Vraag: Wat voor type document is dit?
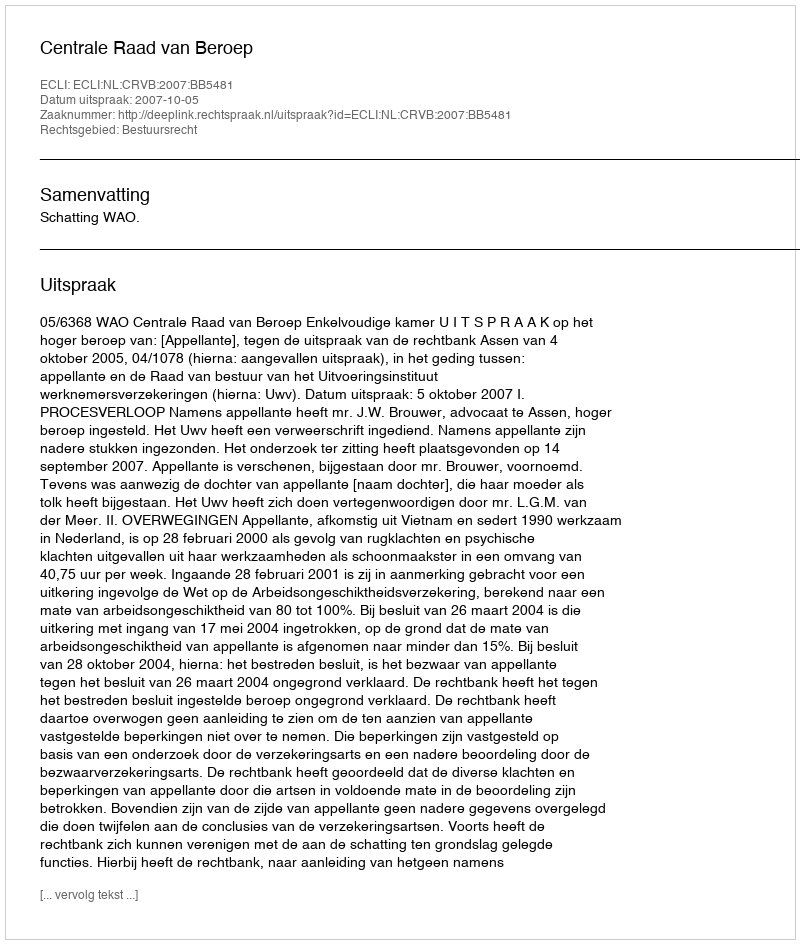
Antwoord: Uitspraak